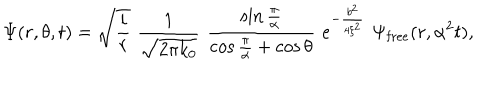
LaTeX: \Psi ( r , \theta , t ) = \sqrt { { \frac { i } { r } } } \, \, { \frac { 1 } { \sqrt { 2 \pi k _ { 0 } } } } \, \, { \frac { \sin { \frac { \pi } { \alpha } } } { \cos { \frac { \pi } { \alpha } } + \cos \theta } } \, \, e ^ { - { \frac { b ^ { 2 } } { 4 \xi ^ { 2 } } } } \, \, \Psi _ { \mathrm { { f r e e } } } ( r , \alpha ^ { 2 } t ) ,